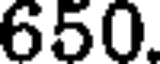
650.